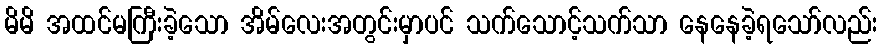
မိမိ အထင်မကြီးခဲ့သော အိမ်လေးအတွင်းမှာပင် သက်သောင့်သက်သာ နေနေခဲ့ရသော်လည်း